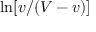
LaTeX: \ln [ v / ( V - v ) ]